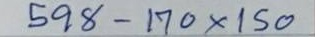
598 - 170 x 150